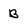
Character: B